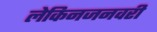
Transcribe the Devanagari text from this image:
लेकिनजनवरी